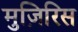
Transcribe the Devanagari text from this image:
मुज़िरिस